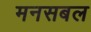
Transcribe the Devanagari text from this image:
मनसबल